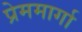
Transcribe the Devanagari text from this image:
प्रेममार्गा